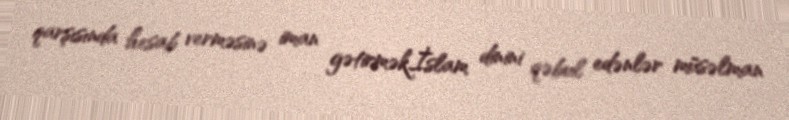
qarşısında hesab verməsinə iman gətirmək.İslam dinini qəbul edənlər müsəlman